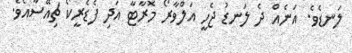
ލަނޑެވެ. އަނެއް ދެ ލަނޑު ޖެހީ އަލްވާރޯ މޮރާޓާ އަދި ފެޑެރީކޯ ޗިއޭސާއެވެ.